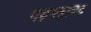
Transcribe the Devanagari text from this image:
गड़गड़ाबट